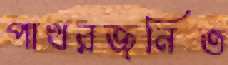
পাথরজনিত